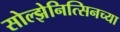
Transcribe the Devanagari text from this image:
सोल्झेनित्सिनच्या